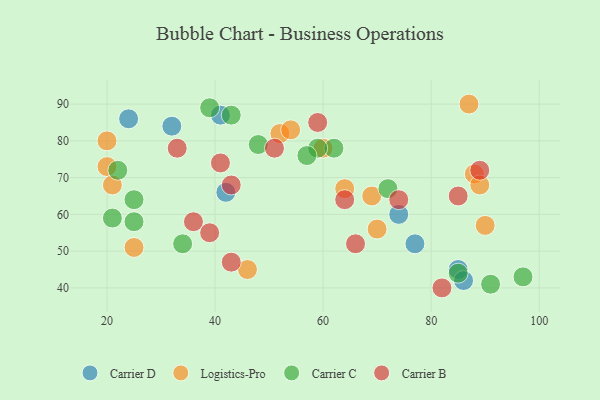
{"axis": {"x": "GDP", "y": "Life Expectancy"}, "legend": ["Carrier B", "Carrier C", "Carrier D", "Logistics-Pro"], "data": [{"x": "77", "y": 52, "type": "Carrier D"}, {"x": "85", "y": 45, "type": "Carrier D"}, {"x": "86", "y": 42, "type": "Carrier D"}, {"x": "41", "y": 87, "type": "Carrier D"}, {"x": "32", "y": 84, "type": "Carrier D"}, {"x": "24", "y": 86, "type": "Carrier D"}, {"x": "74", "y": 60, "type": "Carrier D"}, {"x": "42", "y": 66, "type": "Carrier D"}, {"x": "69", "y": 65, "type": "Logistics-Pro"}, {"x": "20", "y": 73, "type": "Logistics-Pro"}, {"x": "90", "y": 57, "type": "Logistics-Pro"}, {"x": "88", "y": 71, "type": "Logistics-Pro"}, {"x": "52", "y": 82, "type": "Logistics-Pro"}, {"x": "21", "y": 68, "type": "Logistics-Pro"}, {"x": "70", "y": 56, "type": "Logistics-Pro"}, {"x": "64", "y": 67, "type": "Logistics-Pro"}, {"x": "89", "y": 68, "type": "Logistics-Pro"}, {"x": "46", "y": 45, "type": "Logistics-Pro"}, {"x": "54", "y": 83, "type": "Logistics-Pro"}, {"x": "60", "y": 78, "type": "Logistics-Pro"}, {"x": "20", "y": 80, "type": "Logistics-Pro"}, {"x": "87", "y": 90, "type": "Logistics-Pro"}, {"x": "25", "y": 51, "type": "Logistics-Pro"}, {"x": "62", "y": 78, "type": "Carrier C"}, {"x": "43", "y": 87, "type": "Carrier C"}, {"x": "97", "y": 43, "type": "Carrier C"}, {"x": "21", "y": 59, "type": "Carrier C"}, {"x": "39", "y": 89, "type": "Carrier C"}, {"x": "59", "y": 78, "type": "Carrier C"}, {"x": "25", "y": 58, "type": "Carrier C"}, {"x": "72", "y": 67, "type": "Carrier C"}, {"x": "25", "y": 64, "type": "Carrier C"}, {"x": "48", "y": 79, "type": "Carrier C"}, {"x": "85", "y": 44, "type": "Carrier C"}, {"x": "34", "y": 52, "type": "Carrier C"}, {"x": "22", "y": 72, "type": "Carrier C"}, {"x": "91", "y": 41, "type": "Carrier C"}, {"x": "57", "y": 76, "type": "Carrier C"}, {"x": "43", "y": 68, "type": "Carrier B"}, {"x": "33", "y": 78, "type": "Carrier B"}, {"x": "36", "y": 58, "type": "Carrier B"}, {"x": "64", "y": 64, "type": "Carrier B"}, {"x": "51", "y": 78, "type": "Carrier B"}, {"x": "66", "y": 52, "type": "Carrier B"}, {"x": "89", "y": 72, "type": "Carrier B"}, {"x": "43", "y": 47, "type": "Carrier B"}, {"x": "41", "y": 74, "type": "Carrier B"}, {"x": "82", "y": 40, "type": "Carrier B"}, {"x": "74", "y": 64, "type": "Carrier B"}, {"x": "39", "y": 55, "type": "Carrier B"}, {"x": "85", "y": 65, "type": "Carrier B"}, {"x": "59", "y": 85, "type": "Carrier B"}]}